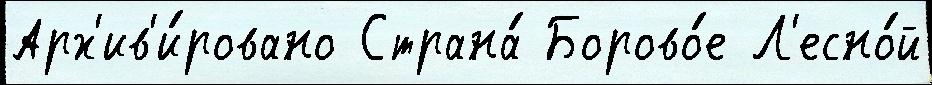
Арх'ив'и́ровано Страна́ Борово́е Л'есно́й